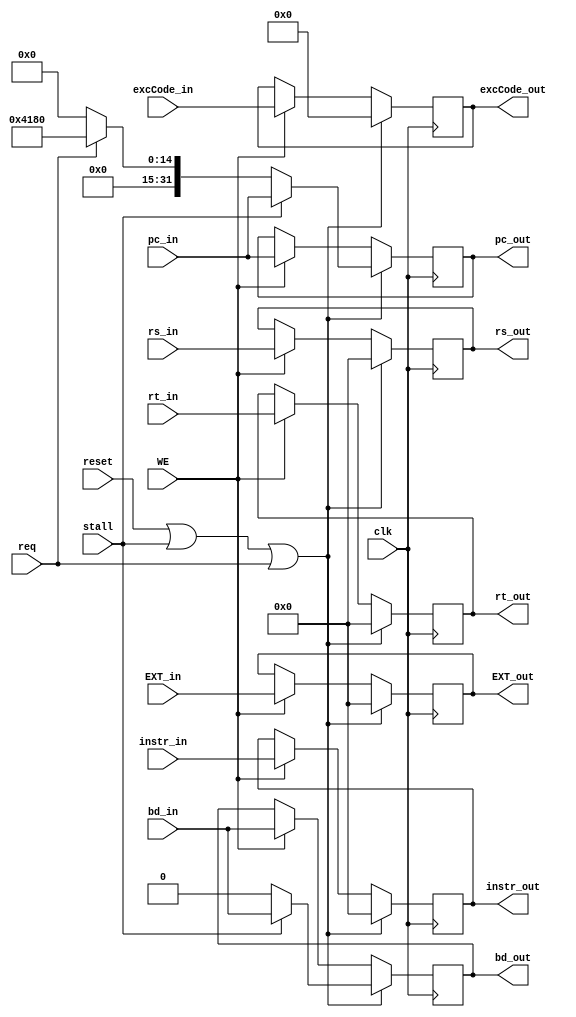
module E_REG (
    input req,
    input [4:0] excCode_in,
    input bd_in,
    output reg [4:0] excCode_out,
    output reg bd_out,

    input clk,
    input reset,
    input stall,
    input WE,
    input [31:0] instr_in,
    input [31:0] pc_in,
    input [31:0] EXT_in,
    input [31:0] rs_in,
    input [31:0] rt_in,
    output reg [31:0] instr_out,
    output reg [31:0] pc_out,
    output reg [31:0] EXT_out,
    output reg [31:0] rs_out,
    output reg [31:0] rt_out
);

    always @(posedge clk) begin
        if (reset || stall || req) begin
            instr_out   <= 0;
            pc_out      <= stall ? pc_in : (req ? 32'h0000_4180 : 0);
            EXT_out     <= 0;
            rs_out      <= 0;
            rt_out      <= 0;
            excCode_out <= 0;
            bd_out      <= stall ? bd_in : 0;
        end else if(WE) begin
            instr_out   <= instr_in;
            pc_out      <= pc_in;
            EXT_out     <= EXT_in;
            rs_out      <= rs_in;
            rt_out      <= rt_in;
            excCode_out <= excCode_in;
            bd_out      <= bd_in;
        end
    end

endmodule